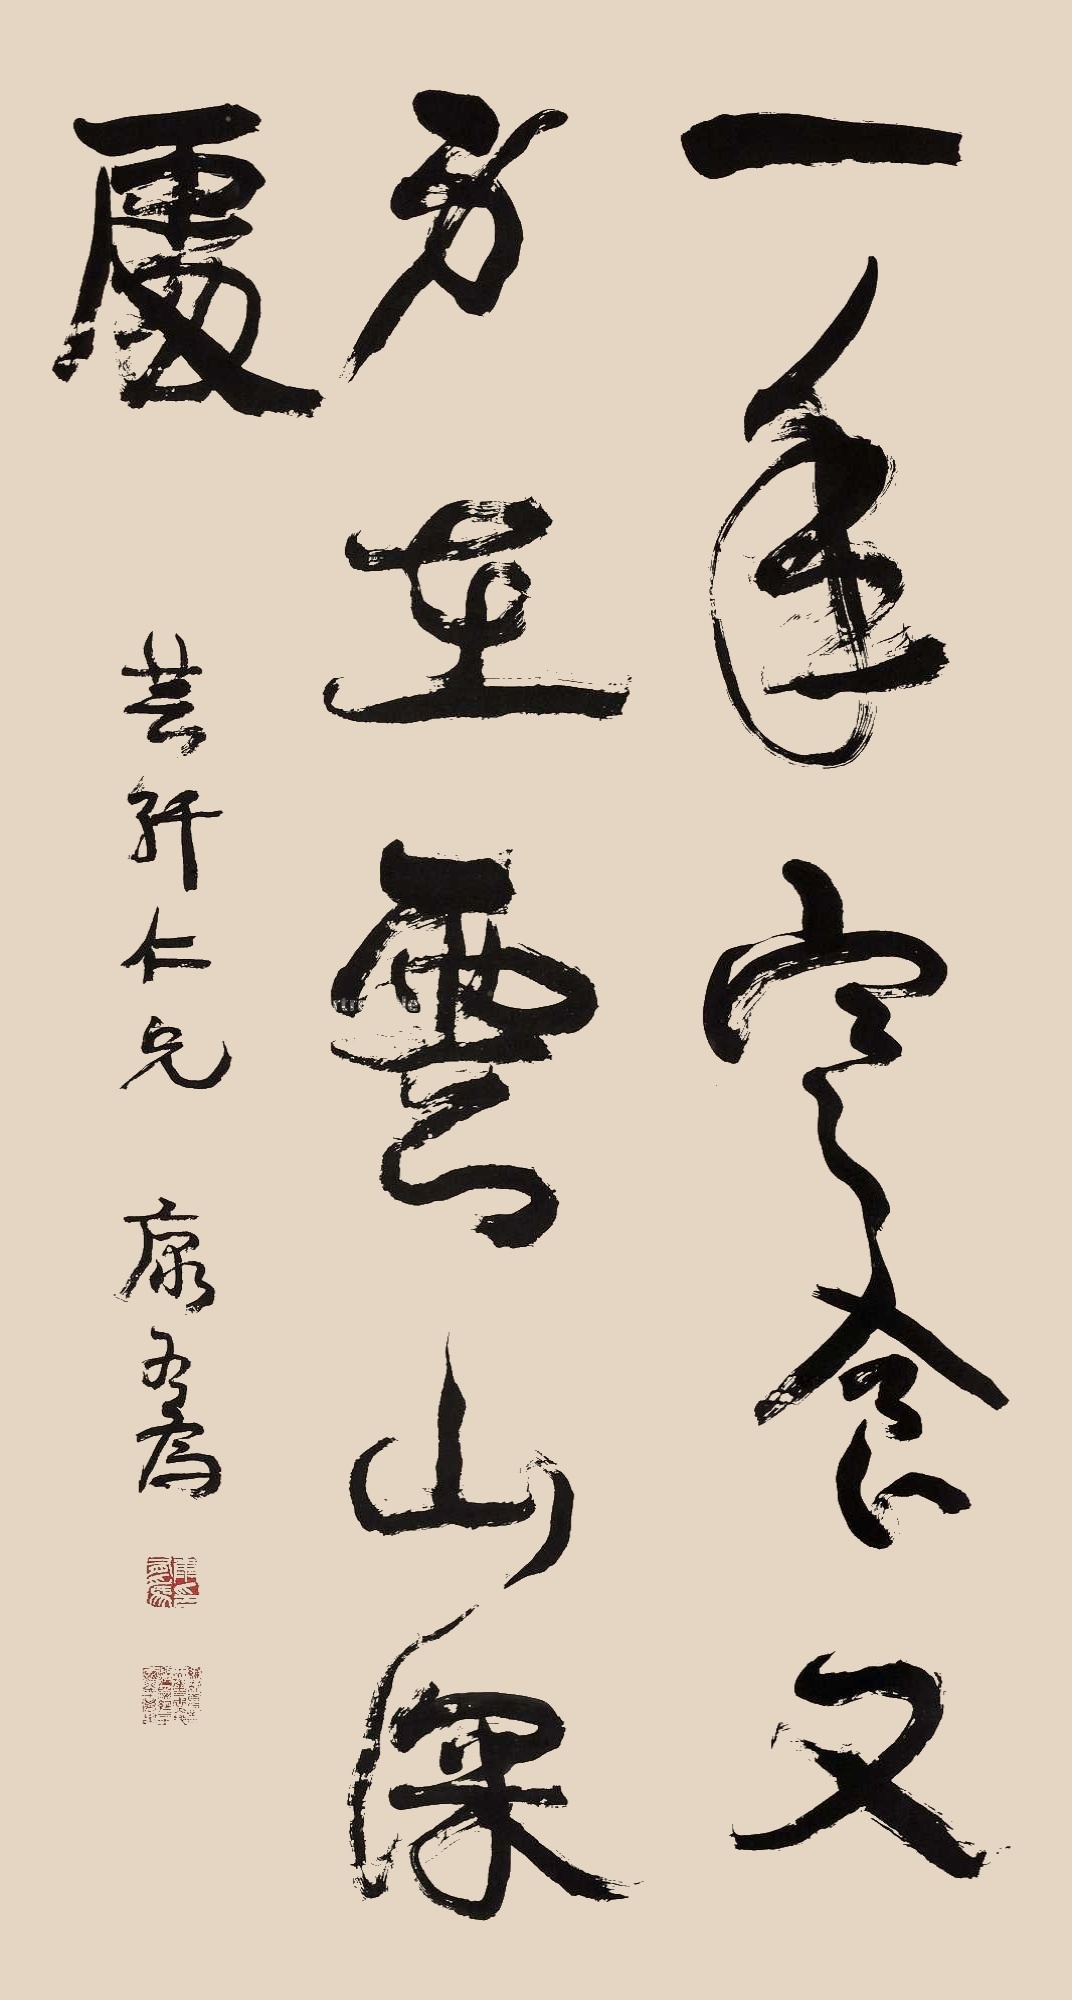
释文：一年寒食，又身在云山深处。芸轩仁兄，康有为。